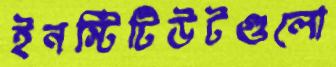
ইনস্টিটিউটগুলো